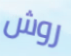
روش